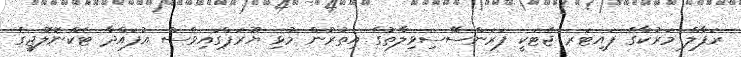
ރަފާލް މަރުކާގެ ފައިޓަރ ޖެޓަކީ ފަރަންސޭސިވިލާތުގެ އިތުރުން މުޅި ޔޫރަޕްގައިވެސް އުފައްދާ ޓެކްނޮލޮޖީގެ